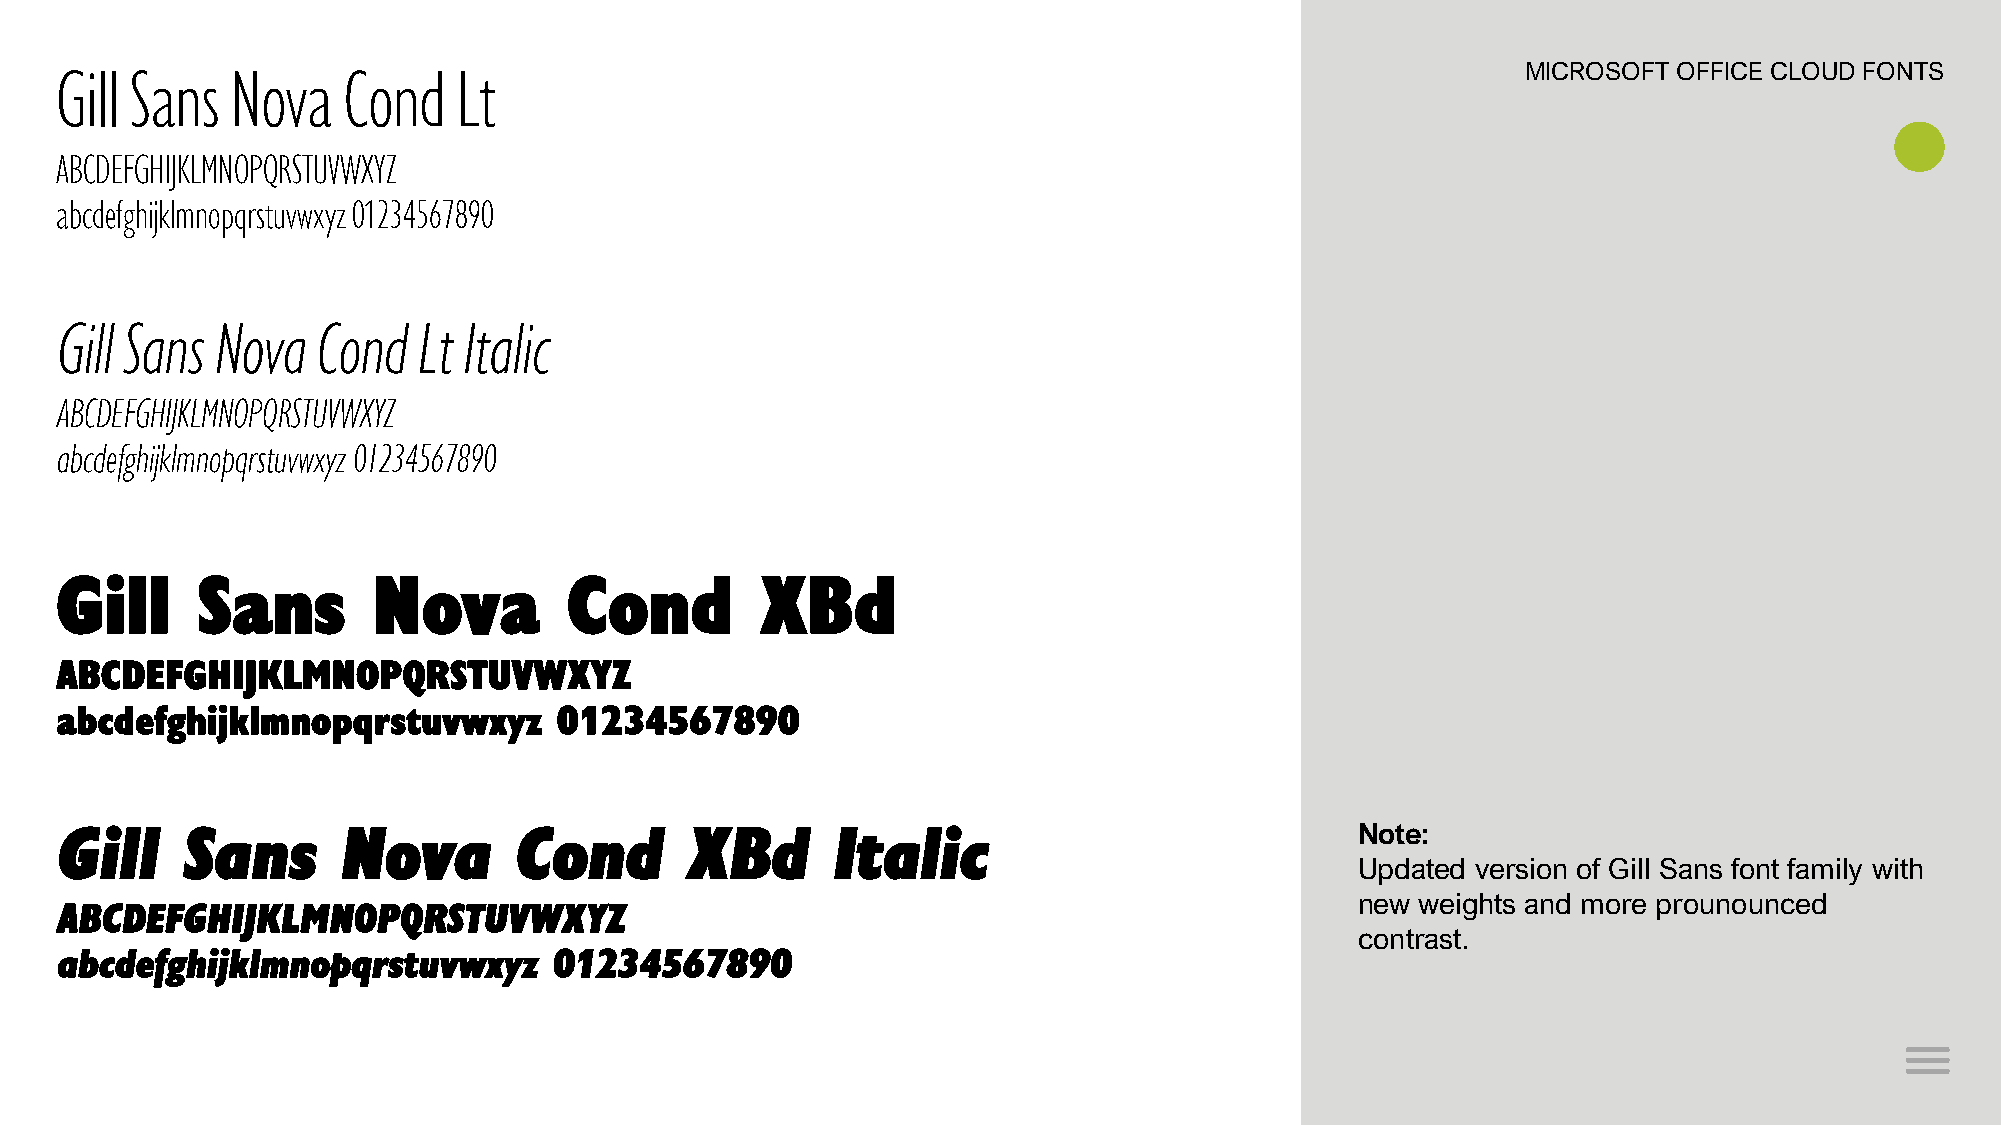
Gill Sans  Nova    Cond   Lt                                                                     MICROSOFT OFFICE CLOUD FONTS
 ABCDEFGHIJKLMNOPQRSTUVWXYZ
 abcdefghijklmnopqrstuvwxyz 01234567890
 Gill Sans Nova   Cond   Lt Italic
 ABCDEFGHIJKLMNOPQRSTUVWXYZ
 abcdefghijklmnopqrstuvwxyz 01234567890
 Gill     Sans        Nova         Cond        XBd
 ABCDEFGHIJKLMNOPQRSTUVWXYZ
 abcdefghijklmnopqrstuvwxyz       01234567890
 Gill    Sans       Nova       Cond        XBd      Italic                             Note:
 Updated version of Gill Sans font family with
 new weights and more prounounced
 ABCDEFGHIJKLMNOPQRSTUVWXYZ
 contrast.
 abcdefghijklmnopqrstuvwxyz       01234567890